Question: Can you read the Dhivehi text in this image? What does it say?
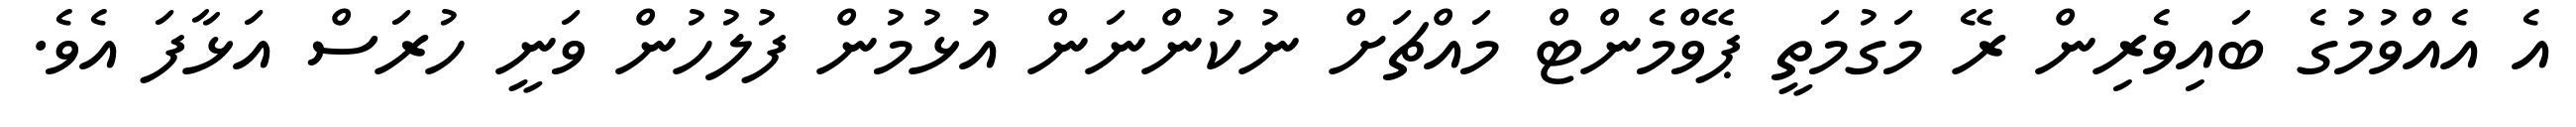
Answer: އެ އެއްވުމުގެ ބައިވެރިން ރޭ މަގުމަތީ ޕޭވްމެންޓް މައްޗަށް ނުކުންނަން އުޅުމުން ފުލުހުން ވަނީ ހުރަސް އަޅާފަ އެވެ.